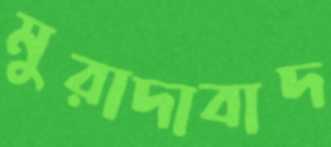
মুরাদাবাদ